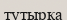
тутырқа